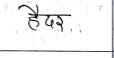
मजकूर: हैदर